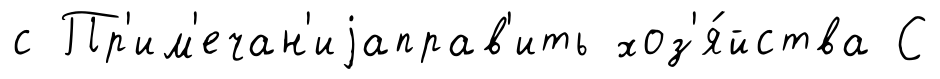
с Пр'им'ечан'иjаправ'ить хоз'я́йства С